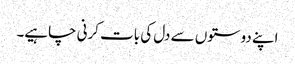
اپنے دوستوں سے دل کی بات کرنی چاہیے۔